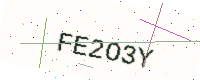
Text: FE2O3Y